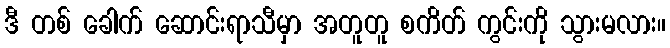
ဒီ တစ် ခေါက် ဆောင်းရာသီမှာ အတူတူ စကိတ် ကွင်းကို သွားမလား။